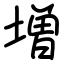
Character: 増